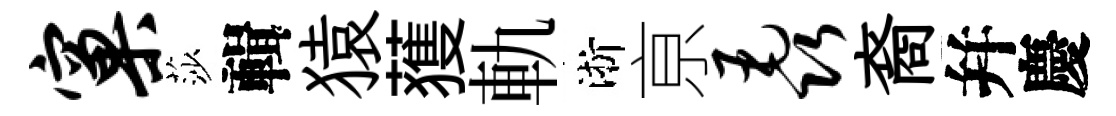
窠莎輯猿𫉬軌淅亰毳裔幷慶